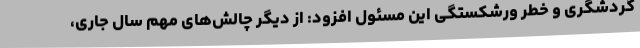
گردشگری و خطر ورشکستگی این مسئول افزود: از دیگر چالش‌های مهم سال جاری،